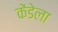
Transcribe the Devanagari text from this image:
केंडेला